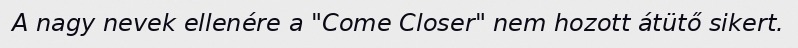
A nagy nevek ellenére a "Come Closer" nem hozott átütő sikert.